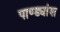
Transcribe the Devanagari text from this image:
पाण्ड्यांश